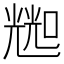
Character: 𱔛